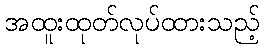
အထူးထုတ်လုပ်ထားသည့်